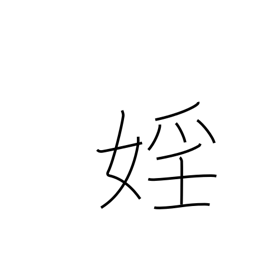
Meaning: lewdness